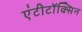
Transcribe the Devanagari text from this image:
एंटीटॉक्सिन